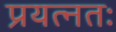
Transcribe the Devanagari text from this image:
प्रयत्नतः